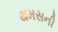
થમસની